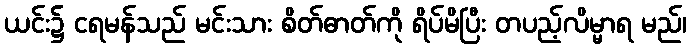
ယင်း၌ ငရမန်သည် မင်းသား စိတ်ဓာတ်ကို ရိပ်မိပြီး တပည့်လိမ္မာရ မည်၊